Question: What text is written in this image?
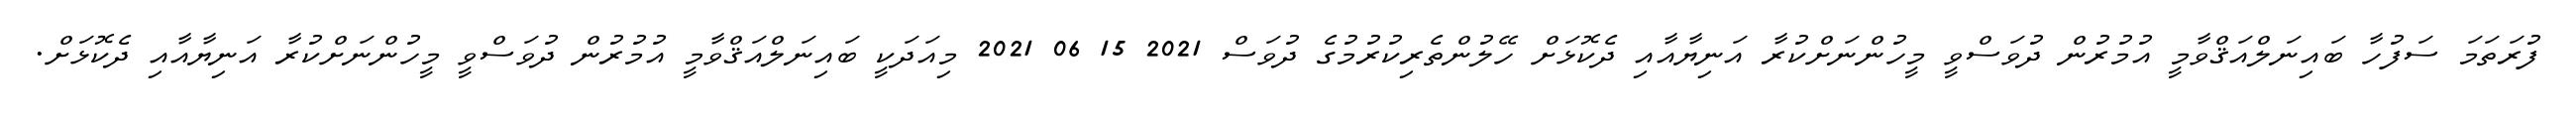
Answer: ފުރަތަމަ ސަފުހާ ބައިނަލްއަޤްވާމީ އުމުރުން ދުވަސްވީ މީހުންނަށްކުރާ އަނިޔާއާއި ދެކޮޅަށް ހޭލުންތެރިކުރުމުގެ ދުވަސް 2021 15 06 2021 މިއަދަކީ ބައިނަލްއަޤްވާމީ އުމުރުން ދުވަސްވީ މީހުންނަށްކުރާ އަނިޔާއާއި ދެކޮޅަށް.